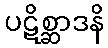
ပဋိစ္ဆာဒနိ